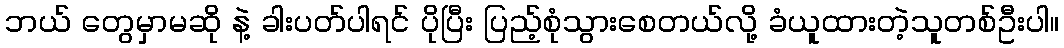
ဘယ် တွေမှာမဆို နဲ့ ခါးပတ်ပါရင် ပိုပြီး ပြည့်စုံသွားစေတယ်လို့ ခံယူထားတဲ့သူတစ်ဦးပါ။